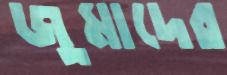
জুমাদের